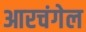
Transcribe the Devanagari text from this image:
आरचंगेल